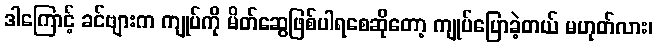
ဒါကြောင့် ခင်ဗျားက ကျုပ်ကို မိတ်ဆွေဖြစ်ပါရစေဆိုတော့ ကျုပ်ပြောခဲ့တယ် မဟုတ်လား၊